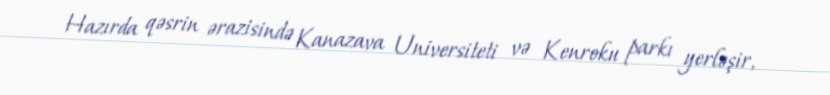
Hazırda qəsrin ərazisində Kanazava Universiteti və Kenroku parkı yerləşir,